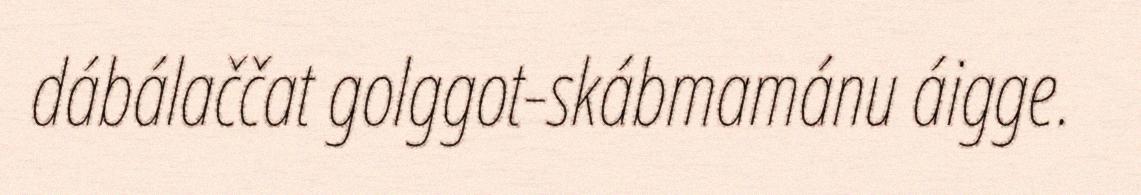
dábálaččat golggot-skábmamánu áigge.